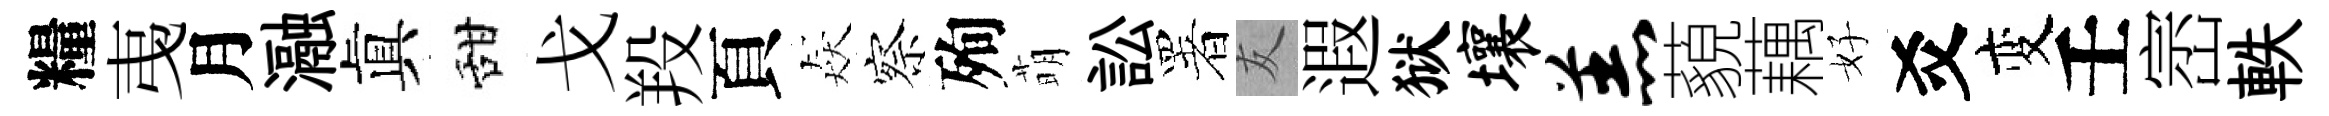
糧𢎯月瀜眞甜戈羖頁猋察殉萌訟署友遐狱壤羔藐藕好爻变壬崈軼